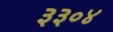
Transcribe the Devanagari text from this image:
३३०४